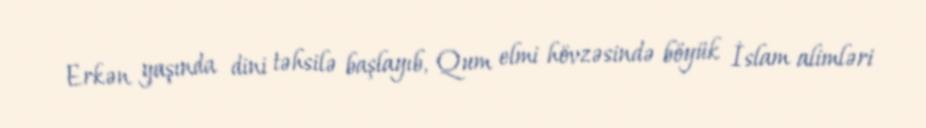
Erkən yaşında dini təhsilə başlayıb, Qum elmi hövzəsində böyük İslam alimləri